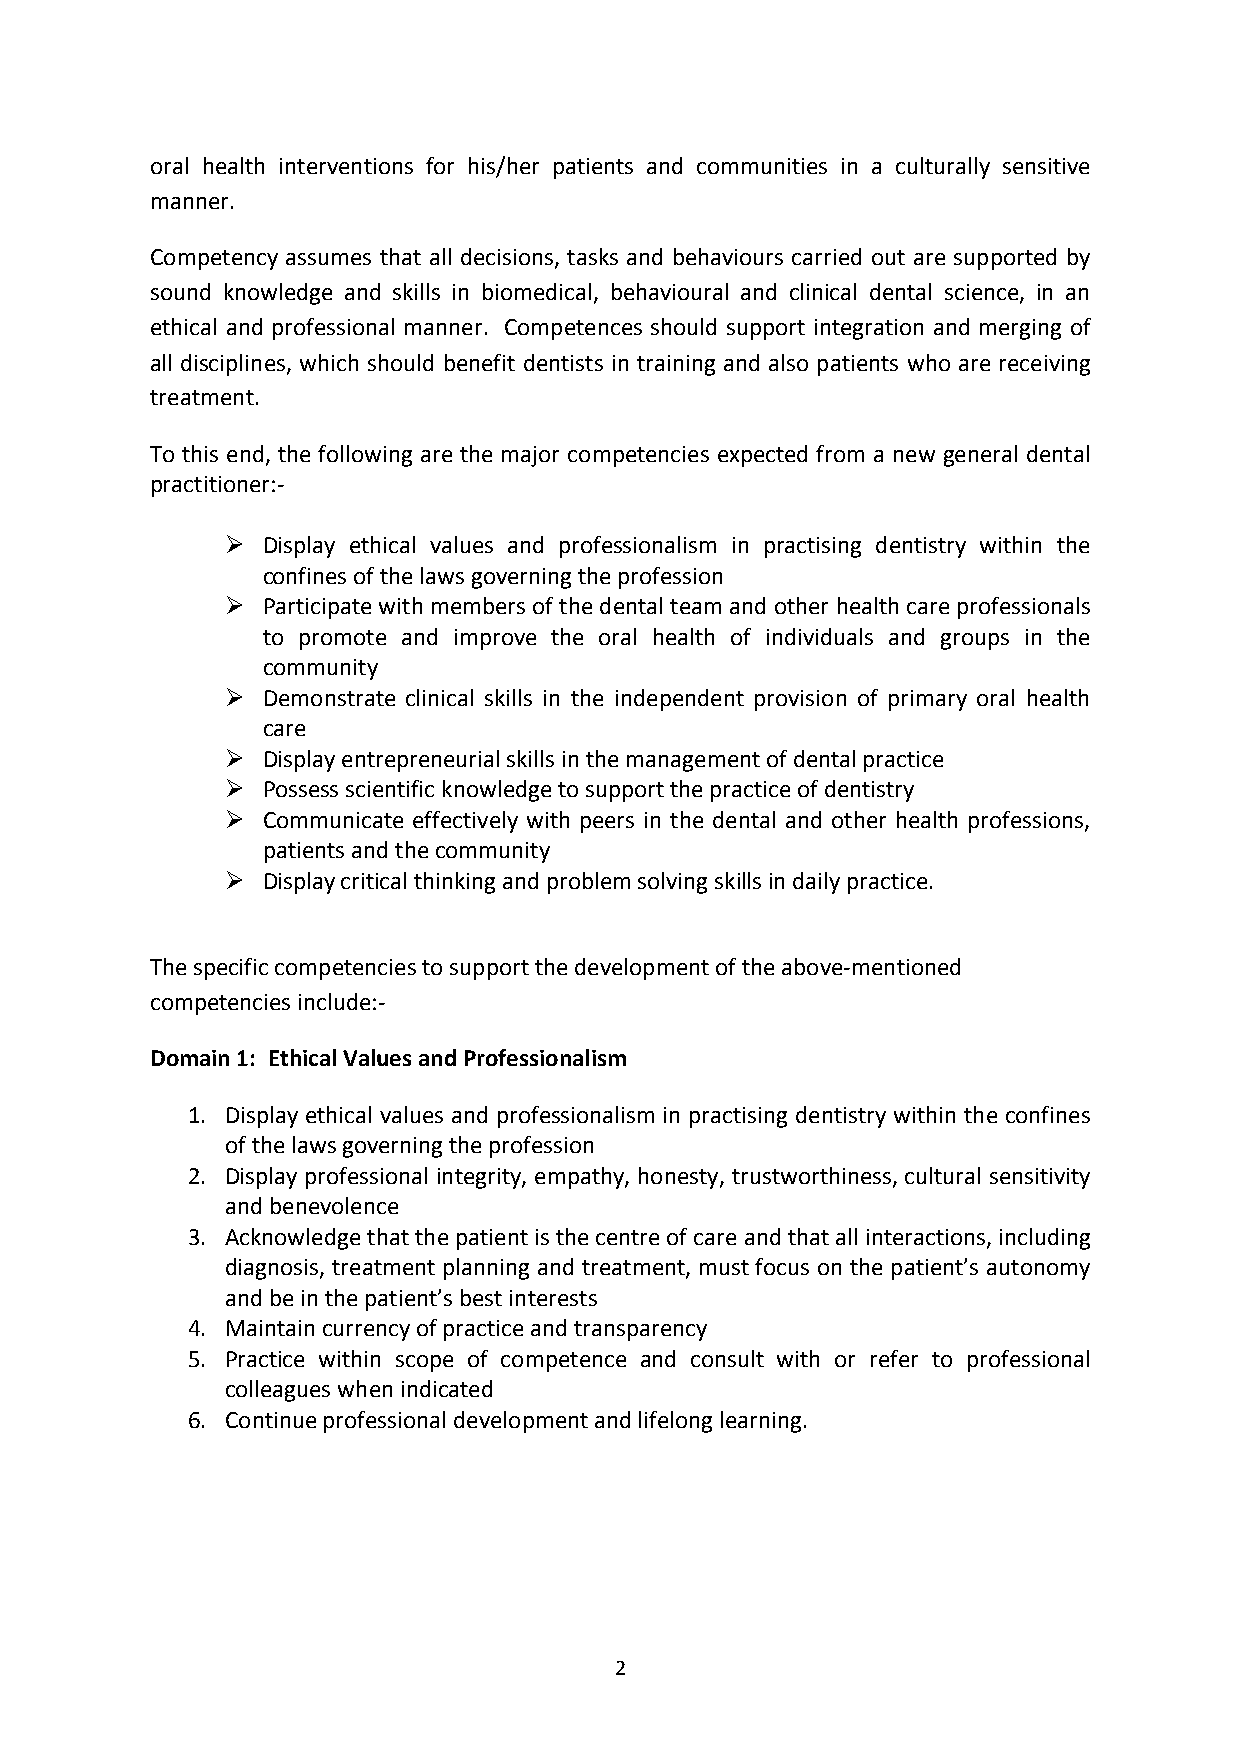
oral health interventions for his/her patients and communities in a culturally sensitive
 manner.
 Competency assumes that all decisions, tasks and behaviours carried out are supported by
 sound knowledge and skills in biomedical, behavioural and clinical dental science, in an
 ethical and professional manner. Competences should support integration and merging of
 all disciplines, which should benefit dentists in training and also patients who are receiving
 treatment.
 To this end, the following are the major competencies expected from a new general dental
 practitioner:-
 Ø Display ethical values and professionalism in practising dentistry within the
 confines of the laws governing the profession
 Ø Participate with members of the dental team and other health care professionals
 to promote and improve the oral health of individuals and groups in the
 community
 Ø Demonstrate clinical skills in the independent provision of primary oral health
 care
 Ø Display entrepreneurial skills in the management of dental practice
 Ø Possess scientific knowledge to support the practice of dentistry
 Ø Communicate effectively with peers in the dental and other health professions,
 patients and the community
 Ø Display critical thinking and problem solving skills in daily practice.
 The specific competencies to support the development of the above-mentioned
 competencies include:-
 Domain 1: Ethical Values and Professionalism
 1. Display ethical values and professionalism in practising dentistry within the confines
 of the laws governing the profession
 2. Display professional integrity, empathy, honesty, trustworthiness, cultural sensitivity
 and benevolence
 3. Acknowledge that the patient is the centre of care and that all interactions, including
 diagnosis, treatment planning and treatment, must focus on the patient’s autonomy
 and be in the patient’s best interests
 4. Maintain currency of practice and transparency
 5. Practice within scope of competence and consult with or refer to professional
 colleagues when indicated
 6. Continue professional development and lifelong learning.
 2